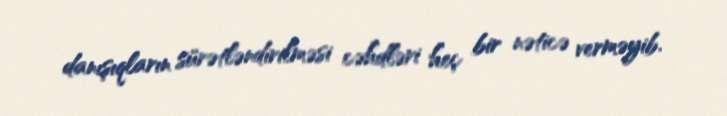
danışıqların sürətləndirilməsi cəhdləri heç bir nəticə verməyib.